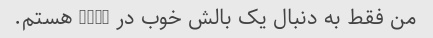
من فقط به دنبال یک بالش خوب در ebay هستم.